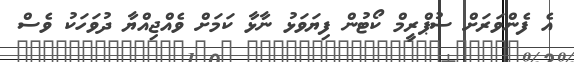
އެ ފެންވަރަށް ސުޕްރީމް ކޯޓުން ފިޔަވަޅު ނާޅާ ކަމަށް ވެއްޖިއްޔާ ދުވަހަކު ވެސް